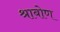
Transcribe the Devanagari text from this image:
श्राबोण